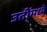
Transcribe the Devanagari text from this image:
उतींमध्ये